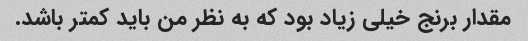
مقدار برنج خیلی زیاد بود که به نظر من باید کمتر باشد.